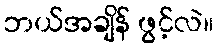
ဘယ်အချိန် ဖွင့်လဲ။